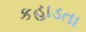
કહાડતા